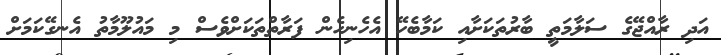
އަދި ރާއްޖޭގެ ސަލާމަތީ ބާރުތަކަށާއި ކަމާބެހޭ އެހެނިހެން ފަރާތްތަކަށްވެސް މި މައުލޫމާތު އެނގޭކަމަށް